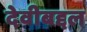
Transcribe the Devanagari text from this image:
देवीबद्दल